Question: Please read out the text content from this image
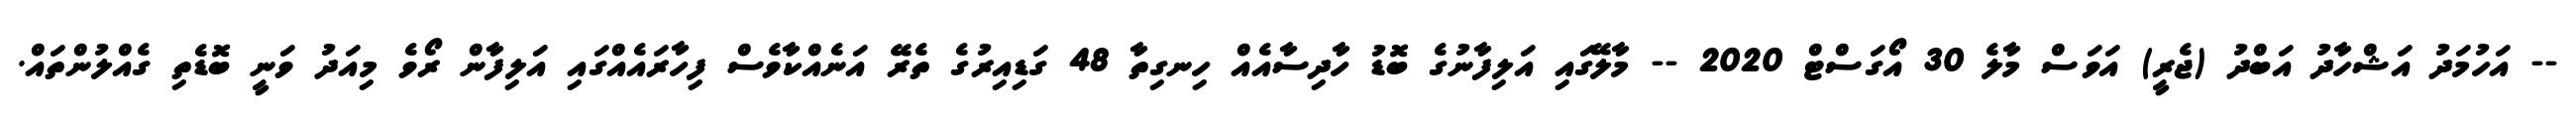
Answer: -- އަހުމަދު އަޝްހާދު އަބްދު (ޖެރީ) އަވަސް މާލެ 30 އޯގަސްޓް 2020 -- މާލޭގައި އަލިފާނުގެ ބޮޑު ހާދިސާއެއް ހިނގިތާ 48 ގަޑިއިރުގެ ތެރޭ އަނެއްކާވެސް ފިހާރައެއްގައި އަލިފާން ރޯވެ މިއަދު ވަނީ ބޮޑެތި ގެއްލުންތައް.